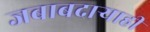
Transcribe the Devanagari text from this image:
जबाबदार्‍याही